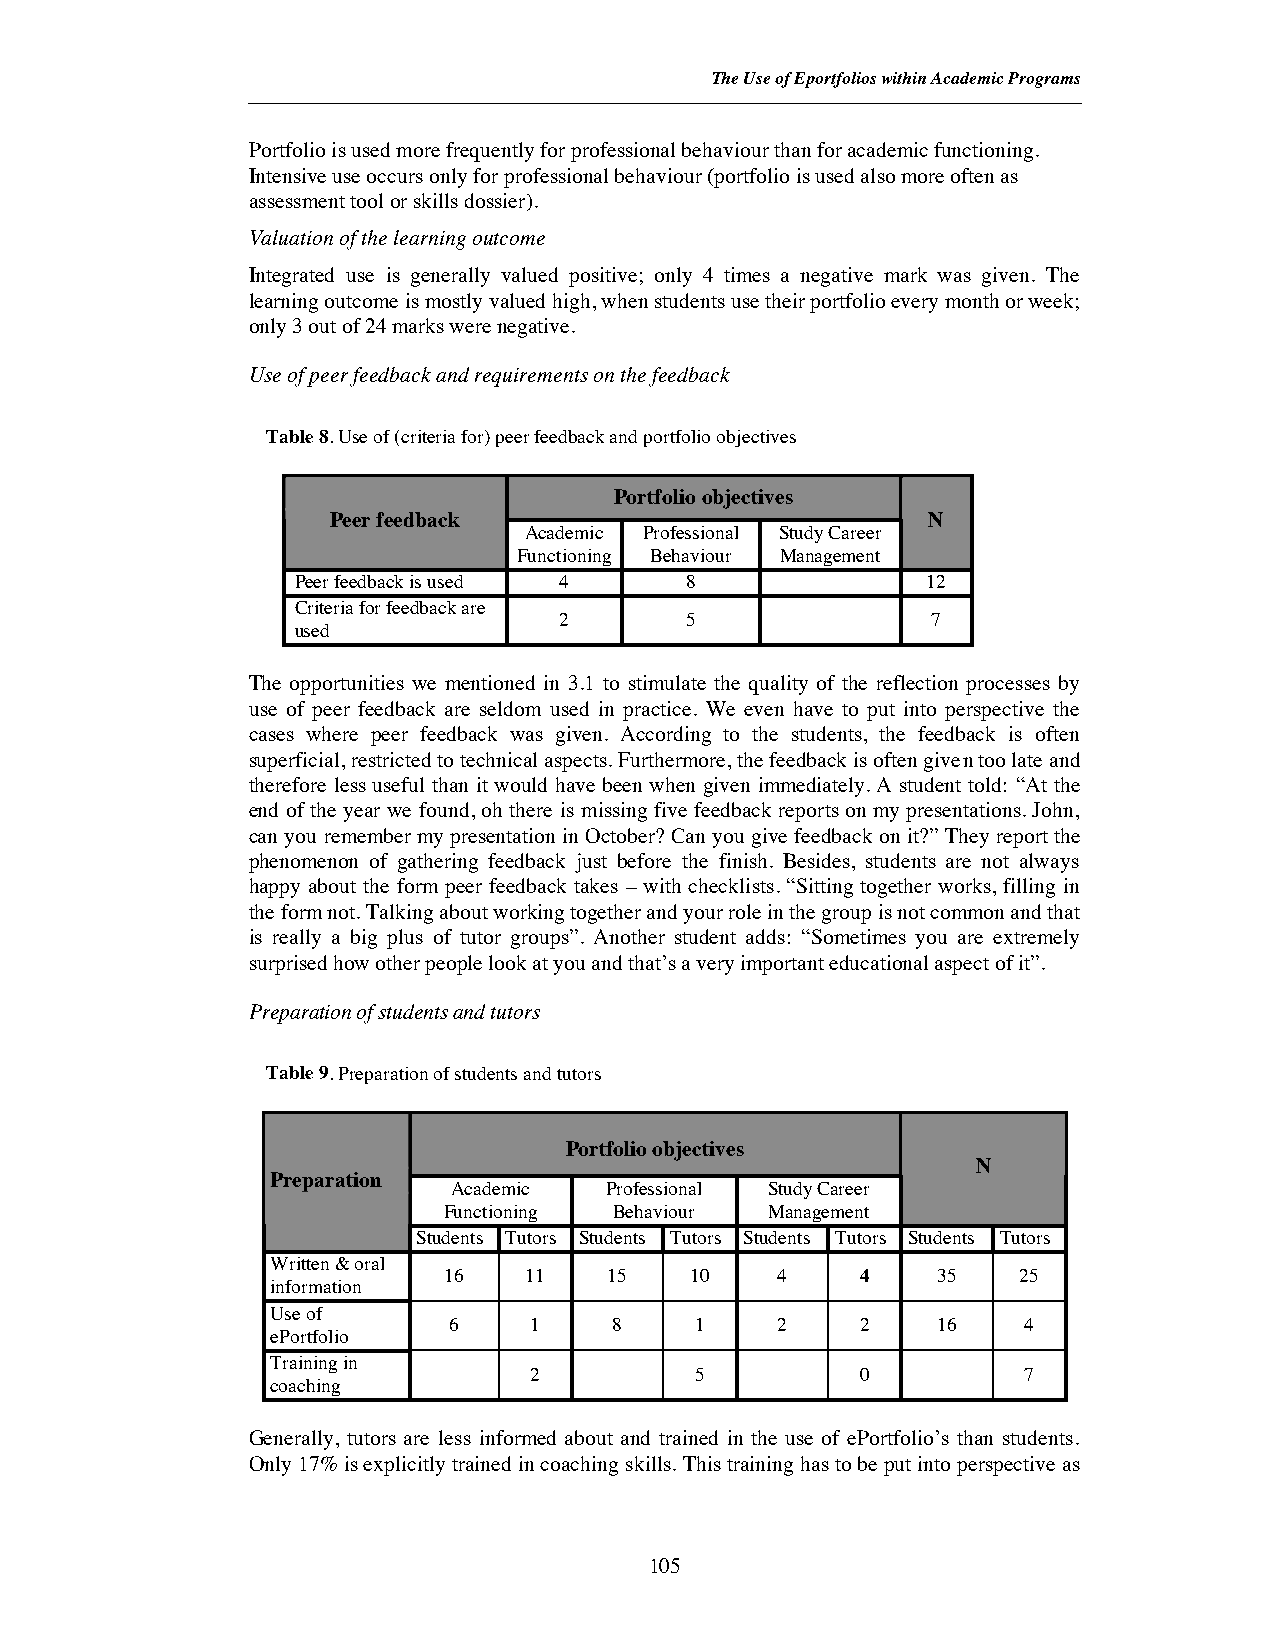
The Use of Eportfolios within Academic Programs
 Portfolio is used more frequently for professional behaviour than for academic functioning.
 Intensive use occurs only for professional behaviour (portfolio is used also more often as
 assessment toolor skills dossier).
 Valuation of the learning outcome
 Integrated use is generally valued positive; only 4 times a negative mark was given. The
 learning outcome is mostly valued high, when students use their portfolio every month or week;
 only 3 out of 24 marks were negative.
 Use of peer feedback and requirements on the feedback
 Table 8. Use of (criteria for) peer feedback and portfolio objectives
 Portfolioobjectives
 Peer feedback                          N
 Academic Professional Study Career
 Functioning Behaviour Management
 Peer feedback is used 4  8               12
 Criteria for feedback are
 2       5                7
 used
 The opportunities we mentioned in 3.1 to stimulate the quality of the reflection processes by
 use of peer feedback are seldom used in practice. We even have to put into perspective the
 cases where peer feedback was given. According to the students, the feedback is often
 superficial, restricted to technical aspects. Furthermore, the feedback is often given too late and
 therefore less useful than it would have been when given immediately. A student told: “At the
 end of the year we found, oh there is missing five feedback reports on my presentations. John,
 can you remember my presentation in October? Can you give feedback on it?” They report the
 phenomenon of gathering feedback just before the finish. Besides, students are not always
 happy about the form peer feedback takes – with checklists. “Sitting together works, filling in
 the form not. Talking about working together and your role in the group is not common and that
 is really a big plus of tutor groups”. Another student adds: “Sometimes you are extremely
 surprised how other people look at you and that’s a very important educational aspect of it”.
 Preparation of students and tutors
 Table 9. Preparation of students and tutors
 Portfolio objectives
 N
 Preparation
 Academic  Professional Study Career
 Functioning Behaviour Management
 Students Tutors Students Tutors Students Tutors Students Tutors
 Written& oral
 16    11   15    10   4     4    35   25
 information
 Use of
 6    1     8    1    2     2    16    4
 ePortfolio
 Training in
 2          5          0          7
 coaching
 Generally, tutors are less informed about and trained in the use of ePortfolio’s than students.
 Only 17% is explicitly trained in coaching skills. This training has to be put into perspective as
 105